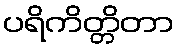
ပရိကိတ္တိတာ